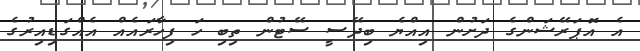
އެ އޮޕަރޭޝަންގެ ދަށުން އިއްޔެ ބިދޭސީ ސޭޓުން ތިބި ހަ ފިހާރައެއް އެއްގަޑިއިރުގެ